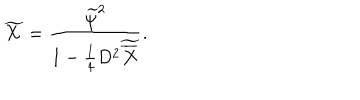
\widetilde X = { \frac { \widetilde \psi ^ { 2 } } { 1 - { \frac { 1 } { 4 } } D ^ { 2 } \widetilde { \overline { { X } } } } } .